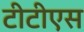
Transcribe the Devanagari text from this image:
टीटीएस